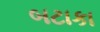
બટાકા